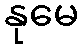
နုမေ